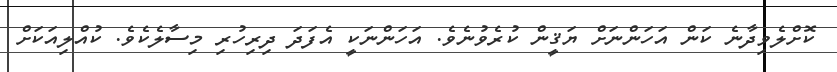
ކޮށްލެވިދާނެ ކަން އަހަންނަށް ޔަޤީން ކުރެވުނެވެ. އަހަންނަކީ އެފަދަ ދިރިހުރި މިސާލެކެވެ. ކުއްލިއަކަށް